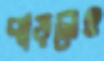
বাড়লেও